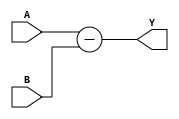
module subtractor (
    input wire A,
    input wire B,
    output wire Y
);

assign Y = A - B;

endmodule